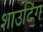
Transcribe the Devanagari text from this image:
शाउटिंग